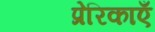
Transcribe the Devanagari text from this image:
प्रेरिकाएँ